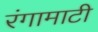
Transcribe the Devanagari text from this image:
रंगामाटी